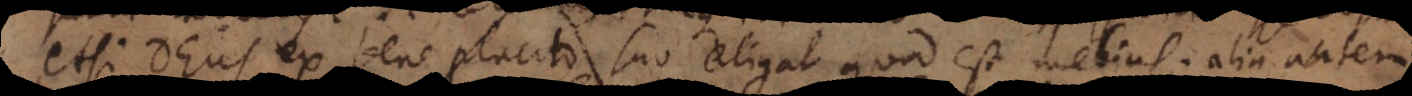
etsi Deus ex bene placito suo eligat quod est melius; alia aut